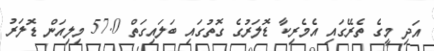
އަދި މީގެ ތެރޭގައި އެމެރިކާ ޑޮލަރުގެ ގޮތުގައި ބަލައިގަތް 57.0 މިލިއަން ޑޮލަރު